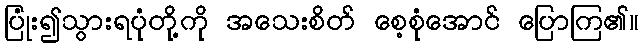
ပြုံး၍သွားရပုံတို့ကို အသေးစိတ် စေ့စုံအောင် ပြောကြ၏။